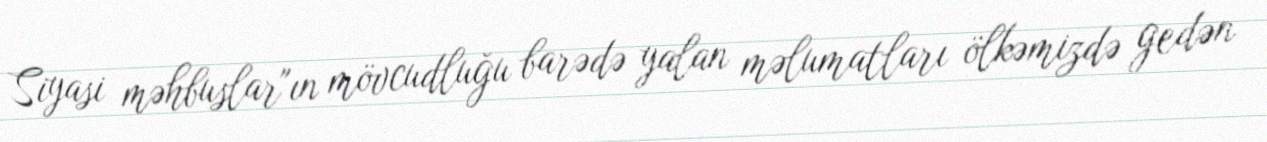
Siyasi məhbuslar"ın mövcudluğu barədə yalan məlumatları ölkəmizdə gedən